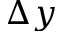
\Delta y